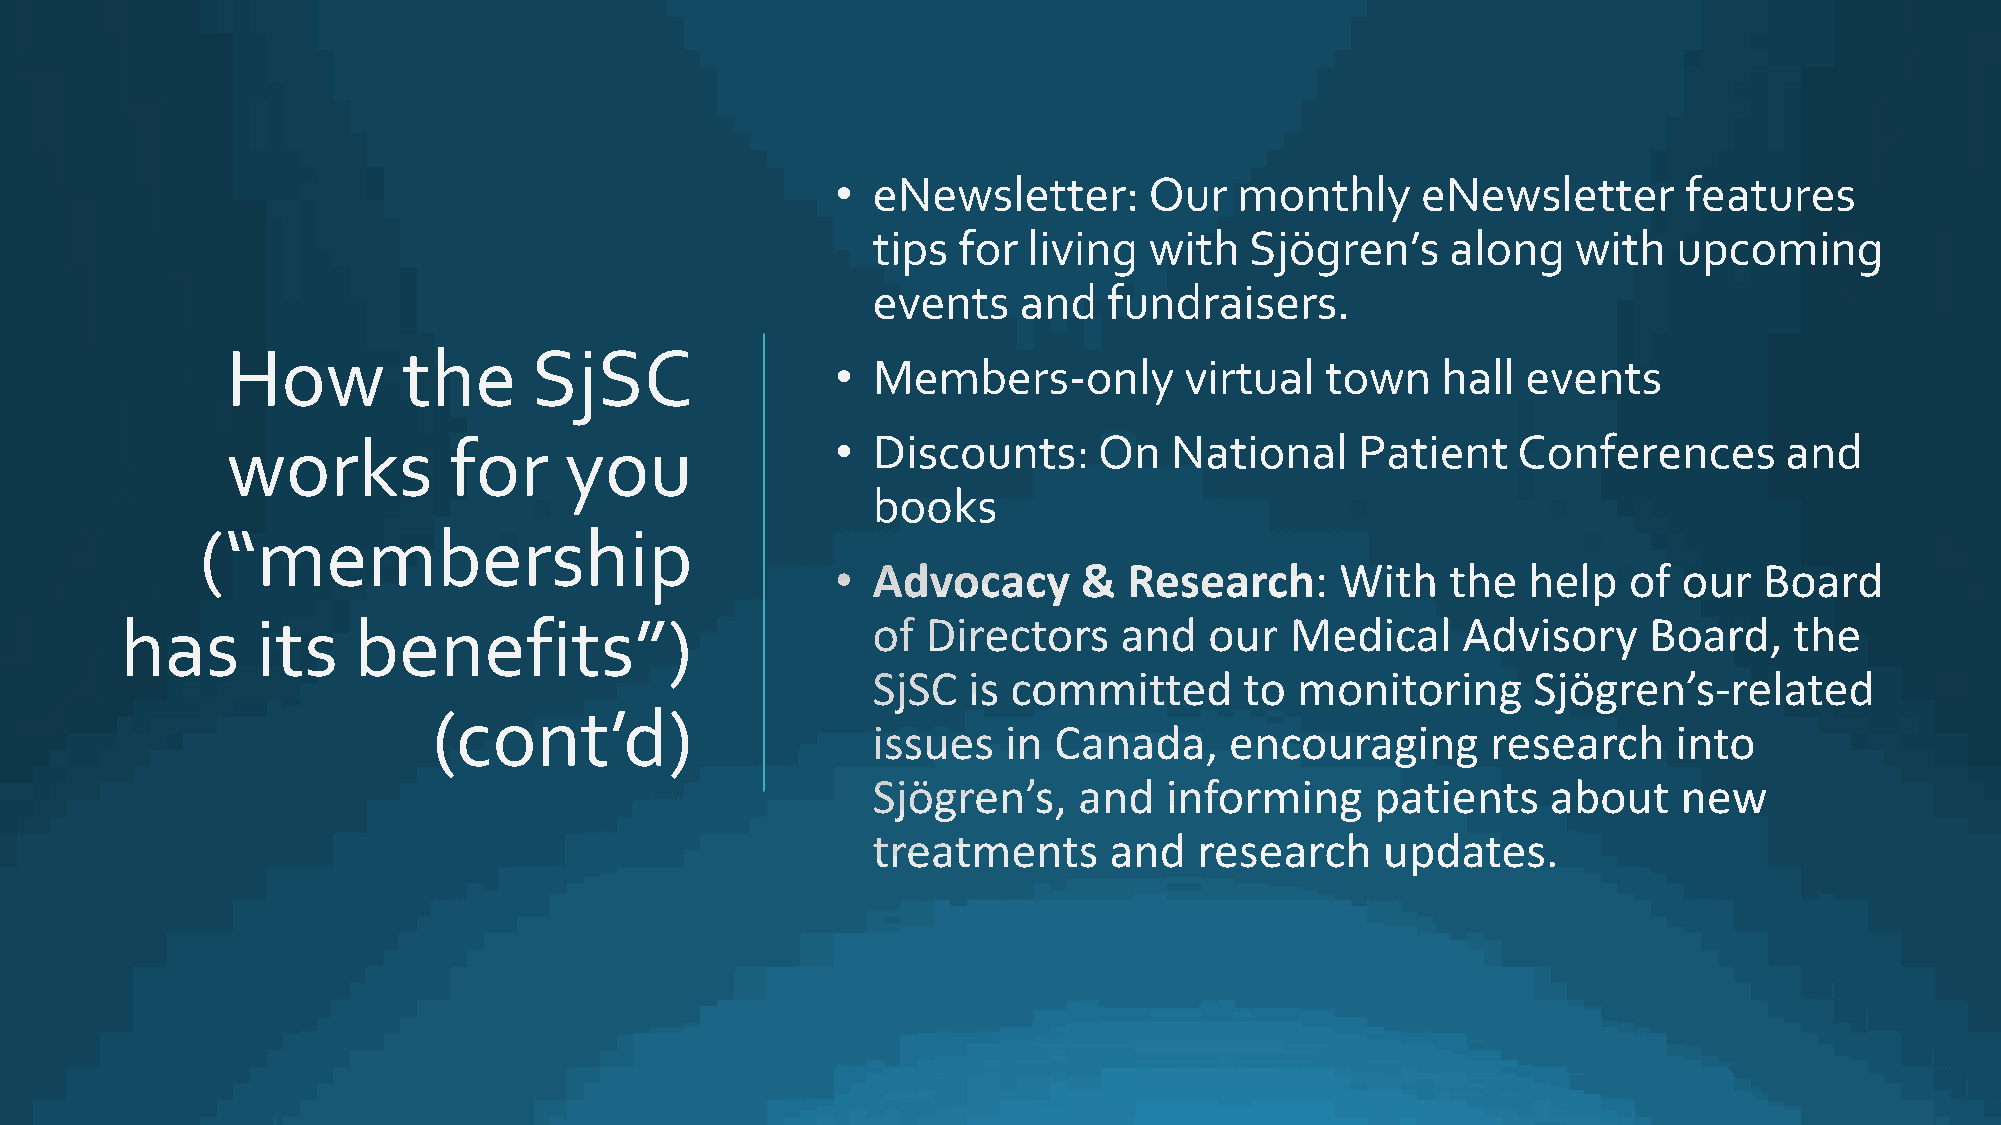
•  eNewsletter:      Our   monthly     eNewsletter       features
 tips for  living  with   Sjögren’s    along   with   upcoming
 events   and   fundraisers.
 How         the     SjSC
 •  Members-only        virtual   town   hall  events
 works          for    you               •  Discounts:     On  National     Patient   Conferences       and
 books
 (“membership
 has      its   benefits”)
 (cont’d)